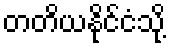
တတိယနိုင်ငံသို့